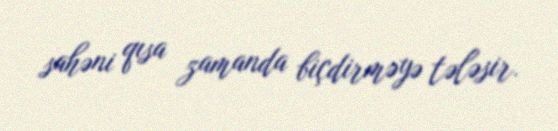
sahəni qısa zamanda biçdirməyə tələsir.